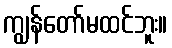
ကျွန်တော်မထင်ဘူး။